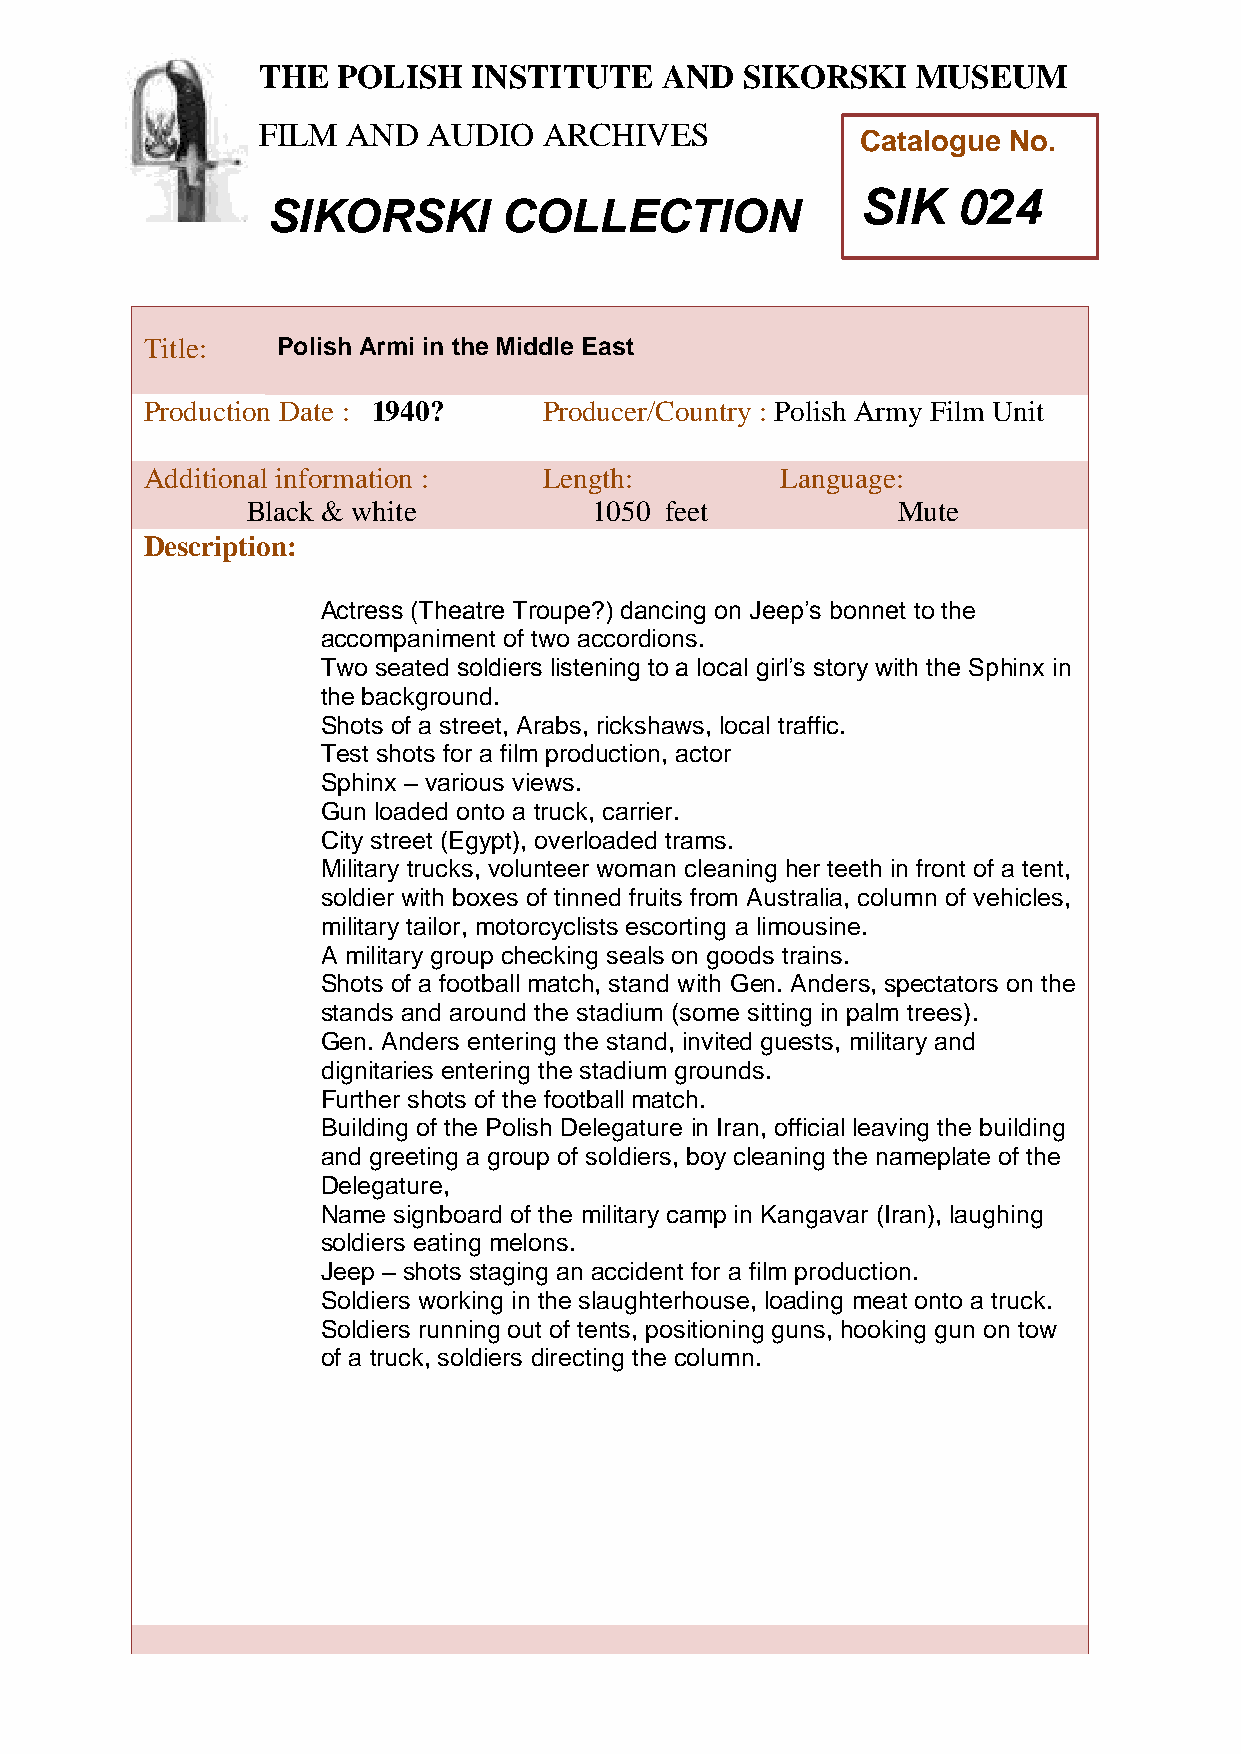
THE  POLISH   INSTITUTE    AND  SIKORSKI    MUSEUM
 FILM  AND  AUDIO   ARCHIVES
 Catalogue No.
 SIK   024
 SIKORSKI       COLLECTION
 TTitle:     Polish Armi in the Middle East
 h
 Peroduction Date : 1940?   Producer/Country : Polish Army Film Unit
 AddiPtional information :  Length:         Language:
 oBlack & white          1050 feet           Mute
 l
 i
 Description:
 s
 h
 Ac tress (Theatre Troupe?) dancing on Jeep’s bonnet to the
 accIompaniment of two accordions.
 Two nseated soldiers listening to a local girl’s story with the Sphinx in
 the bacskground.
 t
 Shots of a sitreet, Arabs, rickshaws, local traffic.
 t
 Test shots for a film production, actor
 Sphinx – variouus views.
 t
 Gun loaded onto a truck, carrier.
 e
 City street (Egypt), overloaded trams.
 Military trucks, volunteer woman cleaning her teeth in front of a tent,
 a
 soldier with boxes of tinned fruits from Australia, column of vehicles,
 n
 military tailor, motorcyclists escorting a limousine.
 A military group checking sdeals on goods trains.
 Shots of a football match, stand with Gen. Anders, spectators on the
 stands and around the stadiumS (some sitting in palm trees).
 i
 Gen. Anders entering the stand, invited guests, military and
 k
 dignitaries entering the stadium grounds.
 o
 Further shots of the football match.
 r
 Building of the Polish Delegature in Iran, official leaving the building
 s
 and greeting a group of soldiers, boy cleaning the nameplate of the
 k
 Delegature,                       i
 Name signboard of the military camp in Kangavar (Iran), laughing
 soldiers eating melons.
 M
 Jeep – shots staging an accident for a film production.
 u
 Soldiers working in the slaughterhouse, loading meat onto a truck.
 s
 Soldiers running out of tents, positioning guns, hooking gun on tow
 e
 of a truck, soldiers directing the column.
 u
 m